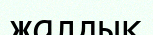
жалдық